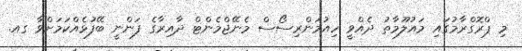
މި ޕްރޮގްރާމުގައި މައުލޫމާތު ދެއްވީ ހިއުމަންރިސޯސް މެނޭޖްމެންޓް ދާއިރާގެ ފަންނީ ބޭފުޅެއްކަމަށްވާ ގއ.